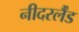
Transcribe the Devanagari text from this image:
नीदरर्लैंड